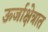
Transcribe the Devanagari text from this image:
ऊर्जाक्षेत्रात